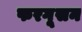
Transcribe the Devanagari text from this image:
फरगूसन